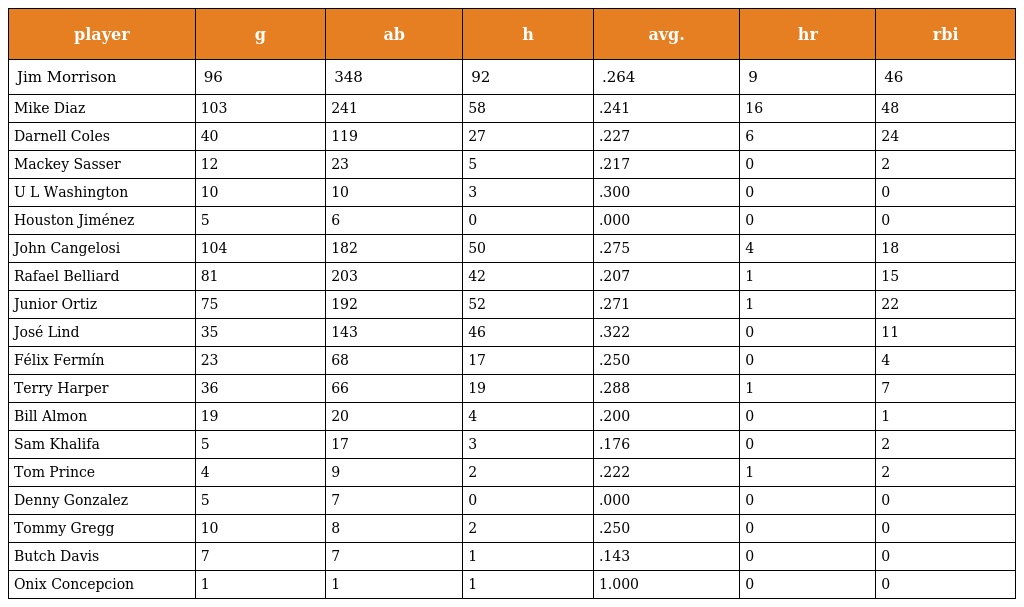
| player | g | ab | h | avg. | hr | rbi |
 | --- | --- | --- | --- | --- | --- | --- |
 | Jim Morrison | 96 | 348 | 92 | .264 | 9 | 46 |
 | Mike Diaz | 103 | 241 | 58 | .241 | 16 | 48 |
 | Darnell Coles | 40 | 119 | 27 | .227 | 6 | 24 |
 | Mackey Sasser | 12 | 23 | 5 | .217 | 0 | 2 |
 | U L Washington | 10 | 10 | 3 | .300 | 0 | 0 |
 | Houston Jiménez | 5 | 6 | 0 | .000 | 0 | 0 |
 | John Cangelosi | 104 | 182 | 50 | .275 | 4 | 18 |
 | Rafael Belliard | 81 | 203 | 42 | .207 | 1 | 15 |
 | Junior Ortiz | 75 | 192 | 52 | .271 | 1 | 22 |
 | José Lind | 35 | 143 | 46 | .322 | 0 | 11 |
 | Félix Fermín | 23 | 68 | 17 | .250 | 0 | 4 |
 | Terry Harper | 36 | 66 | 19 | .288 | 1 | 7 |
 | Bill Almon | 19 | 20 | 4 | .200 | 0 | 1 |
 | Sam Khalifa | 5 | 17 | 3 | .176 | 0 | 2 |
 | Tom Prince | 4 | 9 | 2 | .222 | 1 | 2 |
 | Denny Gonzalez | 5 | 7 | 0 | .000 | 0 | 0 |
 | Tommy Gregg | 10 | 8 | 2 | .250 | 0 | 0 |
 | Butch Davis | 7 | 7 | 1 | .143 | 0 | 0 |
 | Onix Concepcion | 1 | 1 | 1 | 1.000 | 0 | 0 |